Annual administration report of the Civil Veterinary Department, Ajmere-Merwara, British Rajputana - 1914-1940
Year: 1914
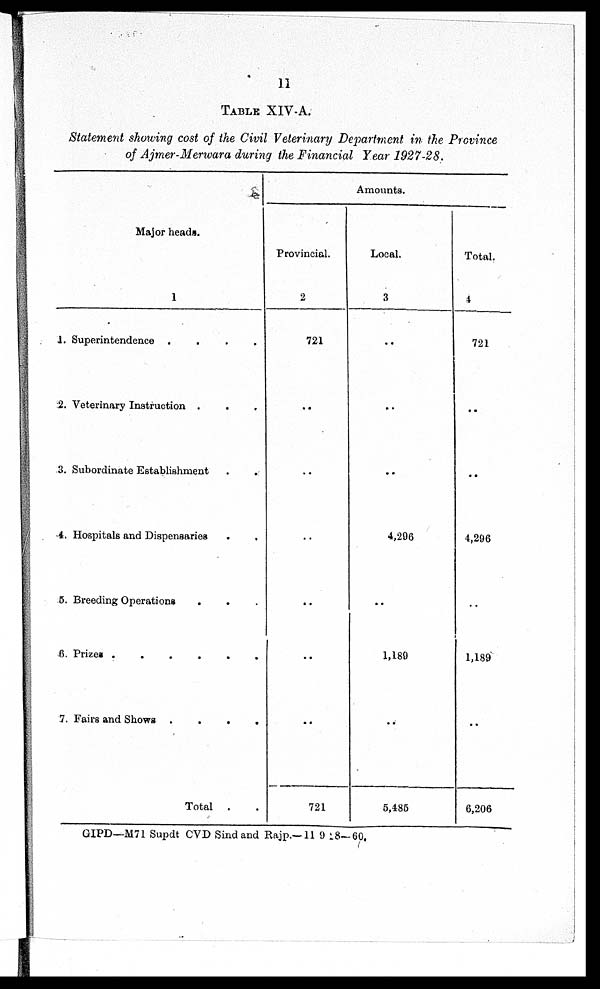
11
TABLE XIV-A.
Statement showing cost of the Civil Veterinary Department in the Province
of Ajmer-Merwara during the Financial Year 1927-28.
Major heads.
1
1. Superintendence
....
2. Veterinary Instruction ....
3. Subordinate Establishment
4. Hospitals and Dispensaries
5. Breeding Operations
6. Prizes
......
7. Fairs and Shows
....
Total . .
Amounts.
Provincial.
2
721
..
..
..
..
..
..
721
Local.
3
..
..
..
4,296
..
1,189
..
5,485
Total.
4
721
..
..
4,296
..
1,189
..
6,206
GIPD—M71 Supdt CVD Sind and Rajp.—11 9 18—60,